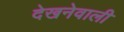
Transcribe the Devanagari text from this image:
देखनेवाली